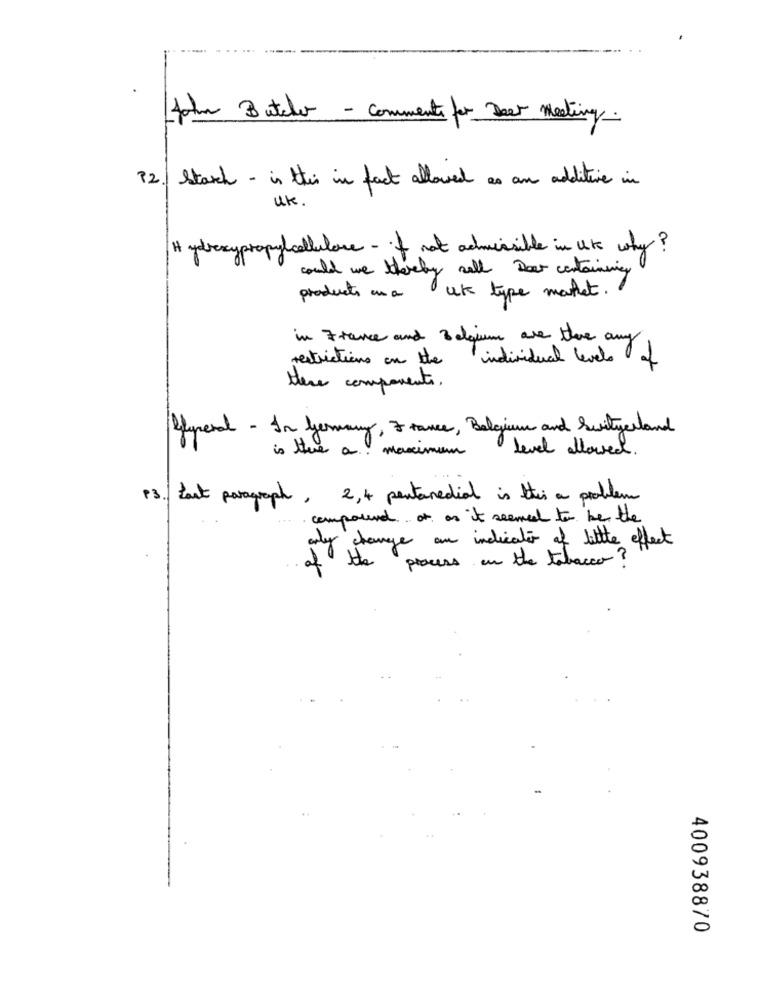
John Butelo - commenti for Deer Meeting .
stark - is thei in fact allowed as an additive in
UK.
Hydroxypropyl cellulare - if not admissible in use why?
could we thereby sell Deer containing
products ana uk type market.
in France and 3 dlgium are there any
restrictions on the individual levels of
there components.
elperal - In Germany, France, Belgium and Switzerland
level allowed.
is there a. maximum
P3. Last paragraph, 2,4 pentanedial is this a problem
compound of as it seemed to be the
only change an indication of little effect
process in the tabacco?
of the
400938870